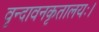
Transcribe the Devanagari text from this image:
वृन्दावनकृतालयः।